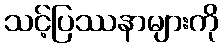
သင့်ပြဿနာများကို